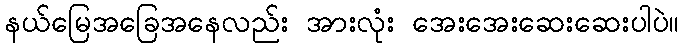
နယ်မြေအခြေအနေလည်း အားလုံး အေးအေးဆေးဆေးပါပဲ။